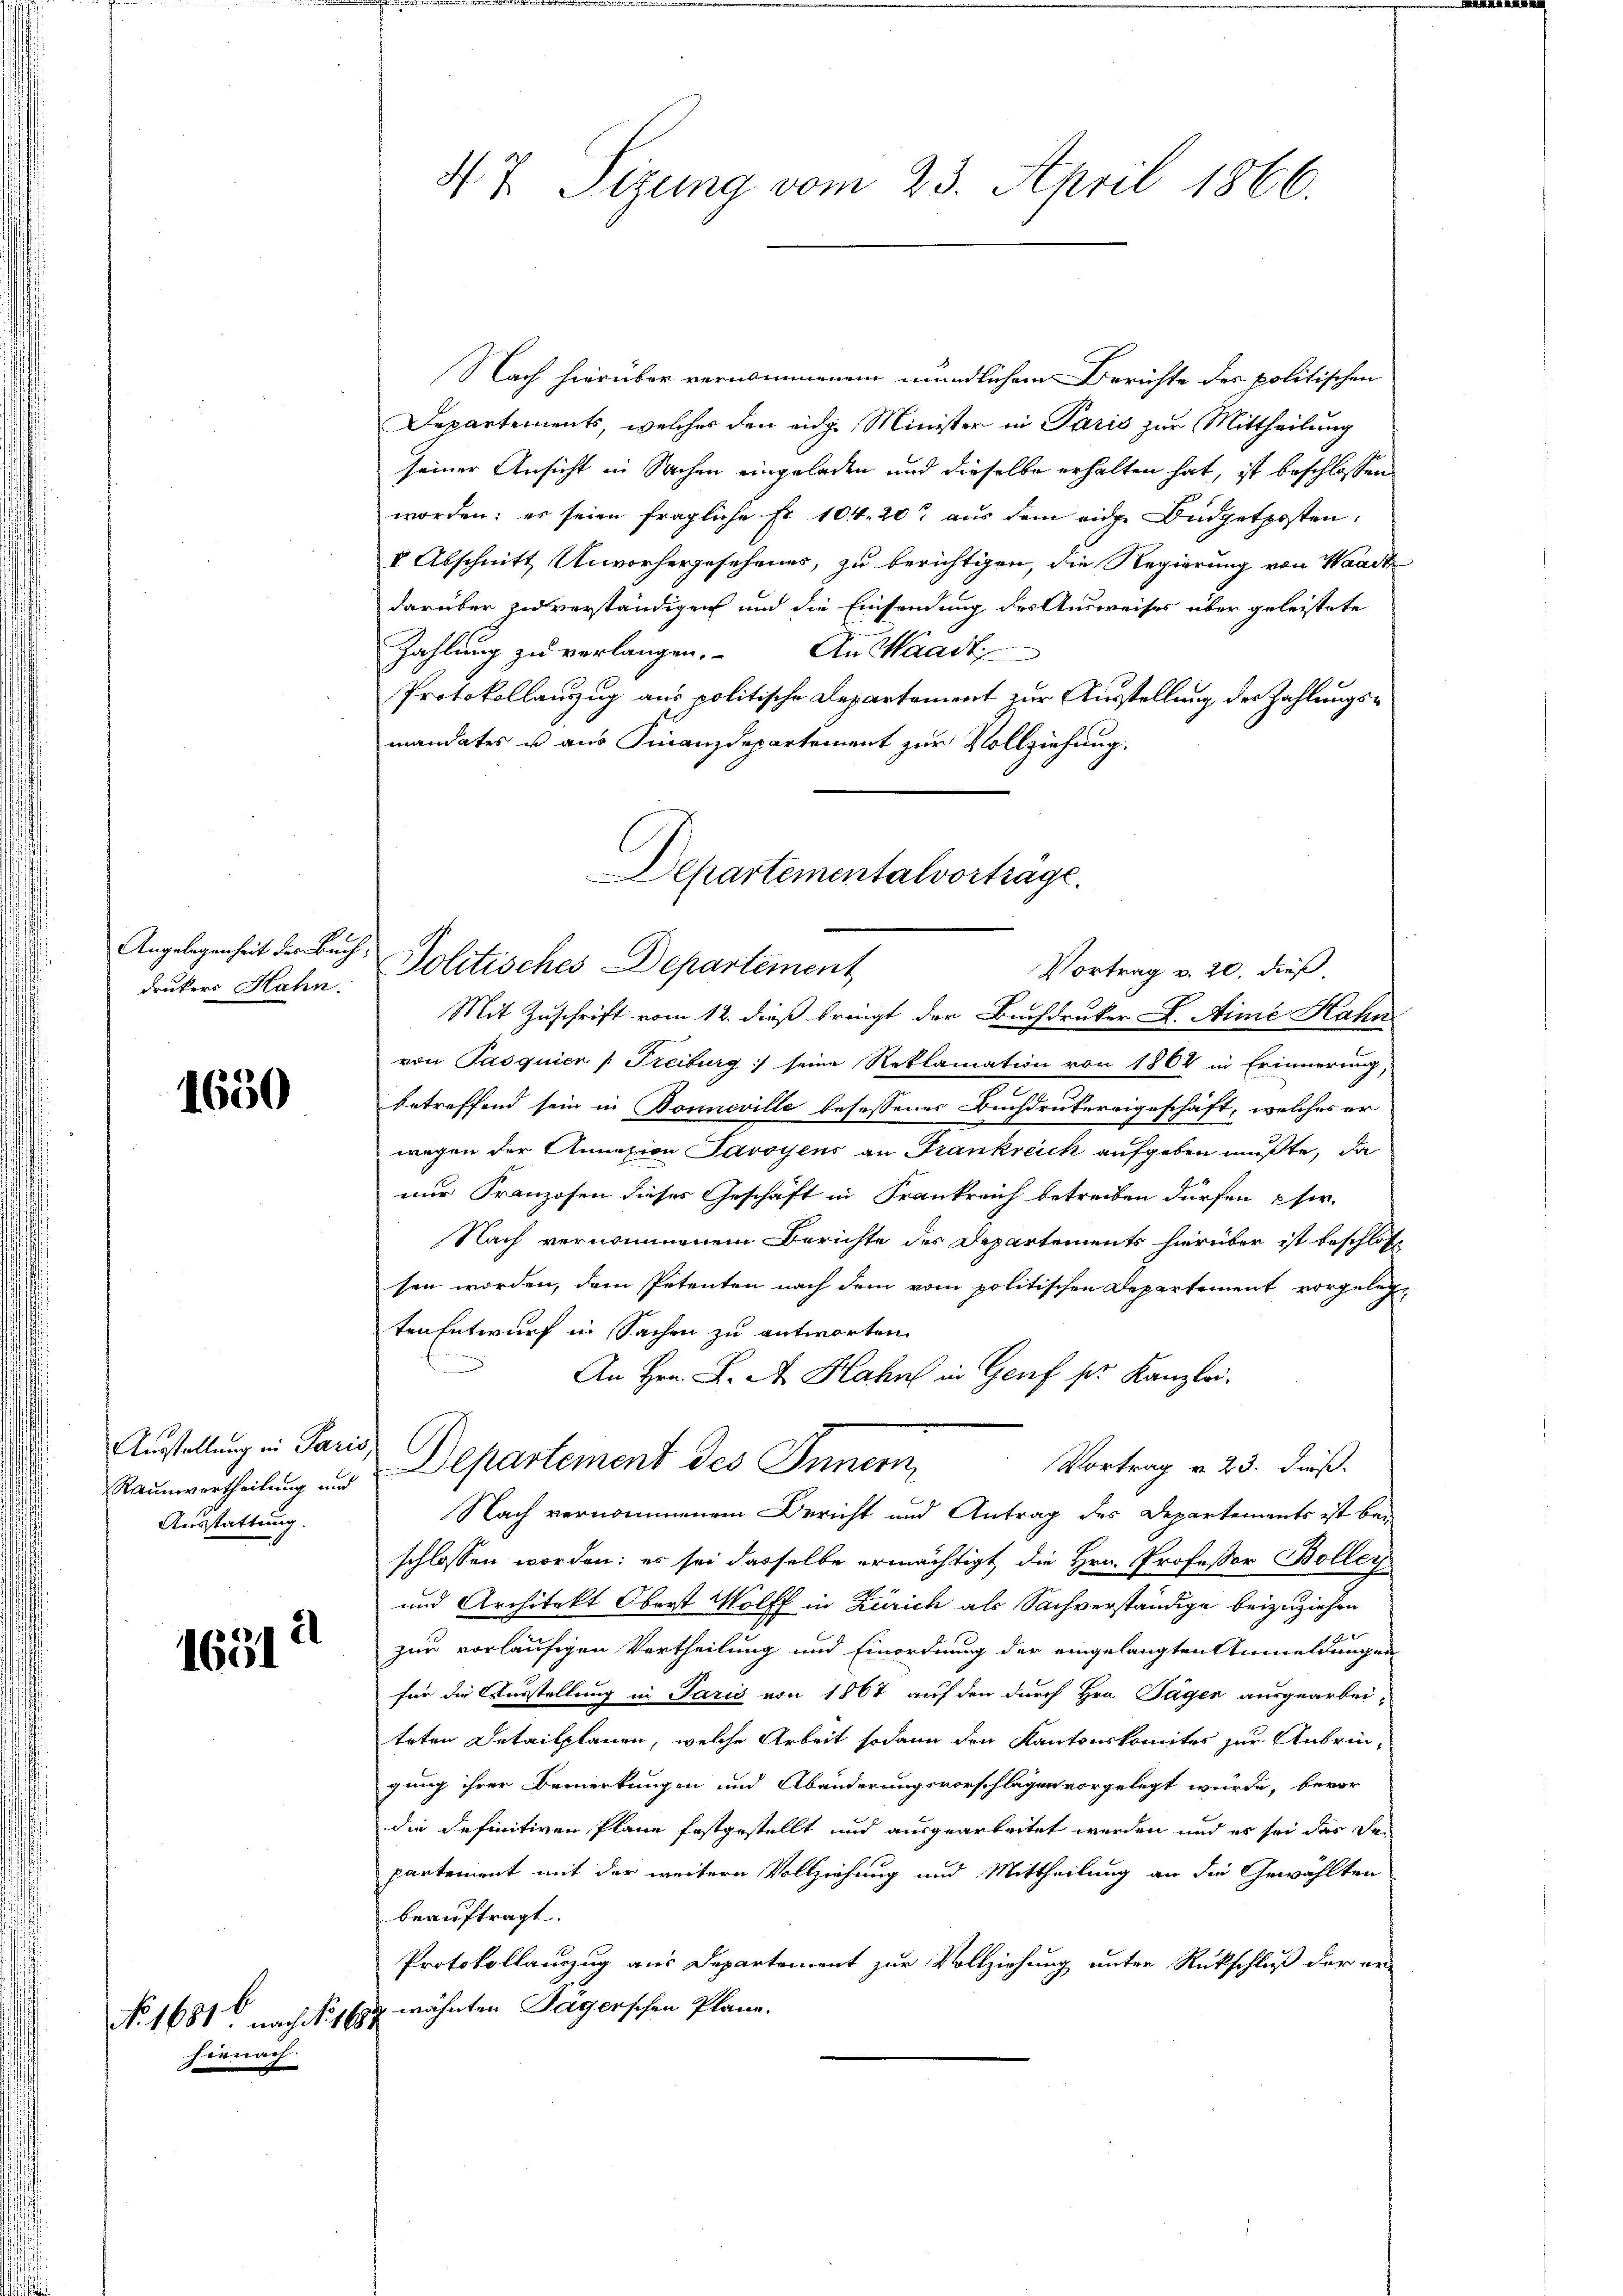
drukers Hahn.

1650

usstellung in Paris
Ausstattung.

2
1631

No. 1681 nach No. 1685
hienach

47. Sizung vom 23. April 1866.

Nach hierüber vernommenem mündlichem Berichte des politischen
Departements, welches den eidg. Minister in Paris zur Mittheilung
seiner Ansicht in Sachen eingeladen und dieselbe erhalten hat, ist beschlossen
worden; er seien fragliche Fr. 104. 20 aus dem eige Budgetposten,
V Abschnitt Unvorhergesehenes, zu berichtigen, die Regierung von Waadt
darüber zu verständigen und die Einsendung der Ausweises über geleistete
Zahlung zu verlangen. An Waadt
Protokollanzug aus politische Departement zur Ausstellung der Zahlungsmandates u aus Finanzdepartement zur Vollziehung,
Angelegenheit der Buch, Politisches Departement
Vortrag v. 20. dieß
Mit Zuschrift vom 12. dieß bringt der Buchdruker L. Aime Hahn
von Pasquier (Freiburg) seine Reklamation von 1864 in Erinnerung,
betreffend sein in Bonneville besessenes Buchdrukereigeschäft, welches er
wegen der Annation Savoyens an Frankreich aufgeben mußte, da
nur Franzosen dieses Geschäft in Frankreich betreiben dürfen her.
Nach vernommenem Berichte des Departements hierüber ist beschlossen worden, dem Petenten nach dem vom politischen Departement vorgelegten Entwurf in Sachen zu antworten.
An Hrn. F. A. Hahn in Genf sr. Kanzlei.
Vortrag v. 23. dieß.
Raumertheilung und Departement des Innern,
Nach vernommenem Bericht und Antrag des Departements ist bei
schlossen worden: es sei dasselbe ermächtigt die Hrn. Professor Bolleg
und Architekt Oberst Wolff in Zürich als Sachverständige beizuziehen
zur vorläufigen Vertheilung und Einordnung der eingelangten Anmeldungen
für die Ausstellung in Paris von 1867 auf den durch Hrn. Tagen ausgearbei-
trten Detailplanen, welche Arbeit sodann den Kantonskomites zur Anbrin-
gung ihrer Bemerkungen und Abänderungsvorschlägen vorgelegt würde, bevor
die definitiven Pläne festgestellt und ausgearbeitet werden und es sei das der
partement mit der weitere Vollziehung und Mittheilung an die Gewählten
beauftragt.
Protokollauszug aus Departement zur Vollziehung unter Rückschluß der er-
wähnten Sagerschen Plane.

Departementalvortrage.